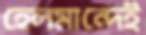
হেলমান্দেই